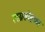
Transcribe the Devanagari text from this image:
लग्नसोहळा